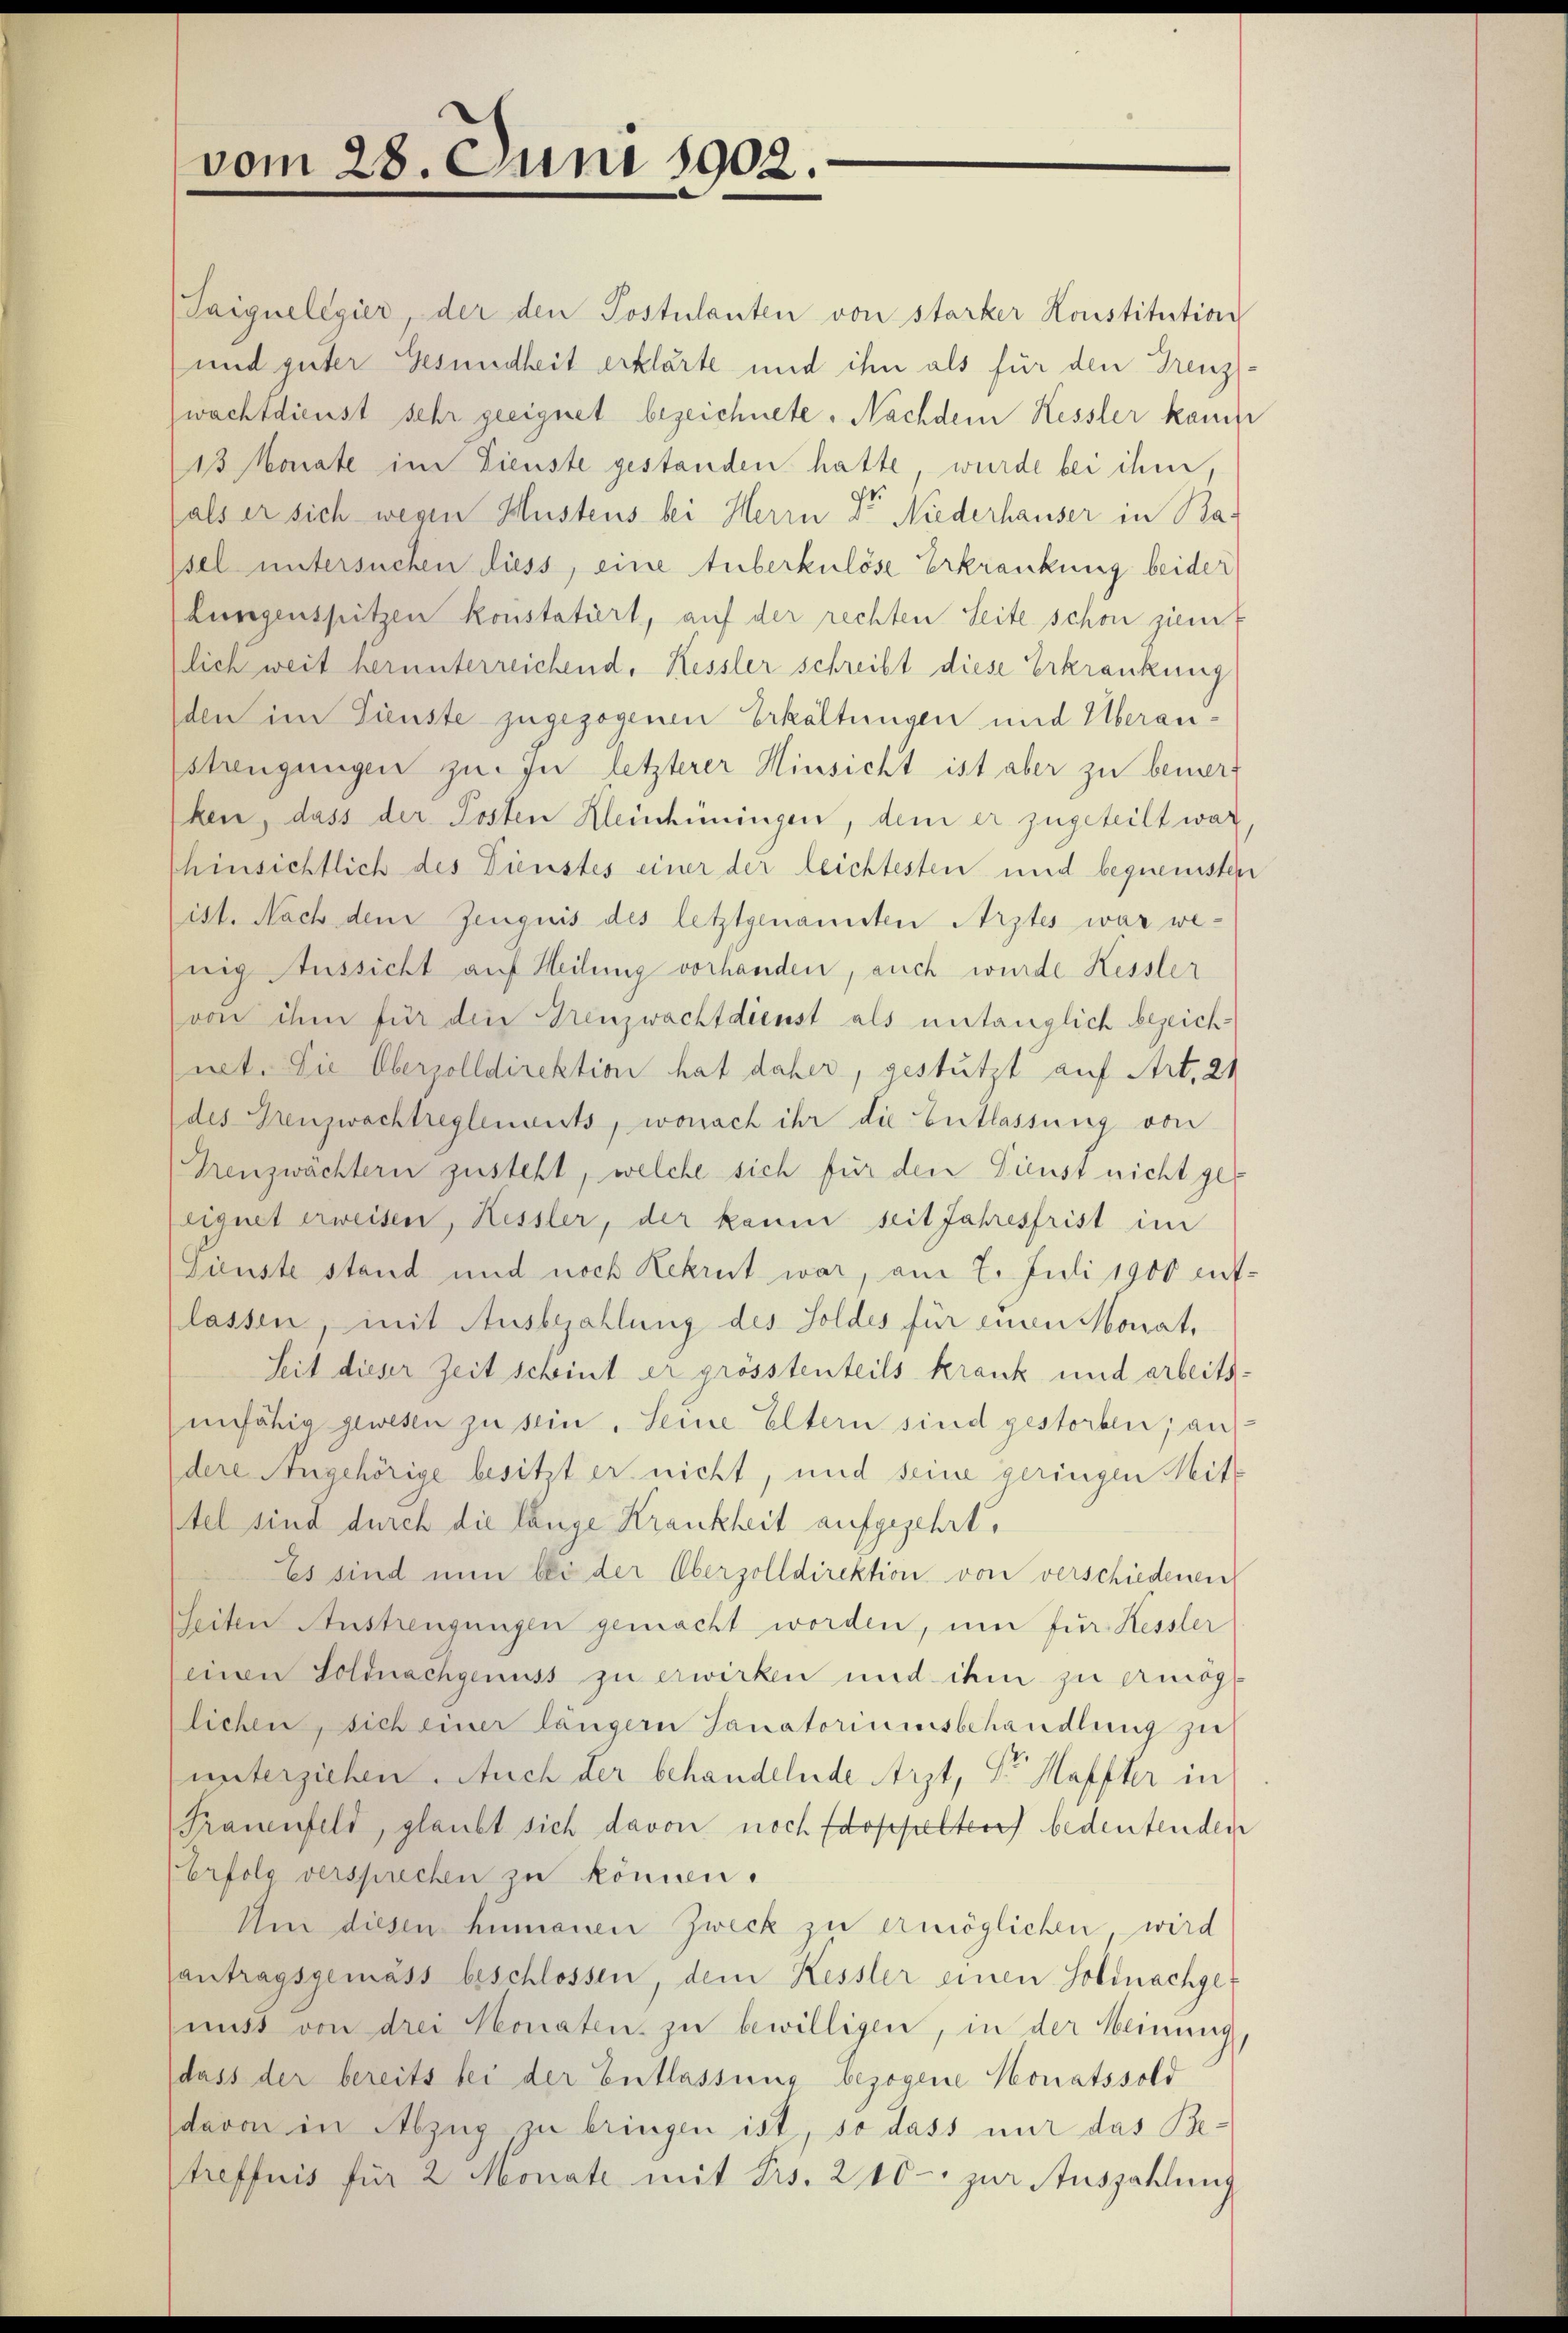
vom 28. Juni 1902.

Taignelegier, der den Postulanten von starker Konstitution
und guter Gesundheit erklärte und ihn als für den Grenzs
wachtdienst sehr geeignet bezeichnete. Nachdem Kessler kamst
13 Monate im Dienste gestanden hatte, wurde bei ihm,
als er sich wegen Hustens bei Herrn Dr Niederhauser in Basel untersuchen liess, eine Auberkulöse Erkrankung beider
Lusegenspitzen konstatiert, auf der rechten Seite schon ziem
lich weit herunterreichend, Kessler schreibt diese Erkrankung
den im Dienste zugezogenen Erkältungen und Überaustrengungen zu. In letzterer Hinsicht ist aber zu bemerken, dass der Posten Heinhüningen, dem er zugeteilt war
hinsichtlich des Dienstes einer der leichtesten und bequensten
ist. Nach dem Zeugnis des letztgenansten Arztes war wenig Aussicht auf Heilung vorhanden, auch wurde Kessler
von ihm für die Grenzwachtdienst als untauglich bezeich-
net. Die Oberzolldirektion hat daher, gestützt auf Art. 21
des Grenzwachtreglements, wonach ihr die Entlassung von
Grenzwachtern zusteht, welche sich für den Dienst nicht geeignet erweisen, Kessler, der kaum seit Jahresfrist im
Dienste stand und noch Rekrut war, am 2. Juli 1900 entlassen, mit Ausbezahlung des Soldes für einen Monat,
Seit dieser Zeit scheint er grösstenteils krank und arbeitsunfähig gewesen zu sein. Seine Eltern sind gestorben; auf
dere Angehörige besitzt er nicht, und seine geringen Mitptel sind durch die länge Krankheit aufgezehrt,
Es sind nun bei der Oberzolldirektion von verschiedenen
Seiten Austrengungen gemacht worden, um fur. Kessler
einen Soldnachgenuss zu erwirken und ihm zu ermög
lichen, sich einer längern Sanatoriumsbehandlung zu
unterziehen. Auch der behandelnde Arzt, Sr Mafter in
Frauenfeld, glaubt sich davon noch doppelter bedeutenden
Erfolg versprechen zu können.
Um diesen hinauen Zweck zu ermöglichen, wird
antragsgemäss beschlossen, dem Kessler einen Solinachge-
mist von drei Monaten zu bewilligen, in der Meinung
dass der bereits bei der Entlassung bezogene Monatssold
davon in Abzug zu bringen ist, so dass nur das Betreffnis für 2 Monate mit Frs. 240 - zur Auszahlung